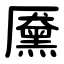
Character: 黡